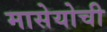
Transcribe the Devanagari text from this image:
मासेयोची